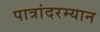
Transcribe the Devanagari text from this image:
पात्रांदरम्यान